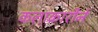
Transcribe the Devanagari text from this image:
कलाकारीने